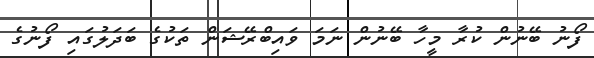
ފޯނު ބޭނުން ކުރާ މީހާ ބޭނުން ނަމަ ވައިބްރޭޝަން ތަކުގެ ބަދަލުގައި ފޯނުގެ